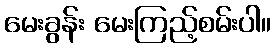
မေးခွန်း မေးကြည့်စမ်းပါ။